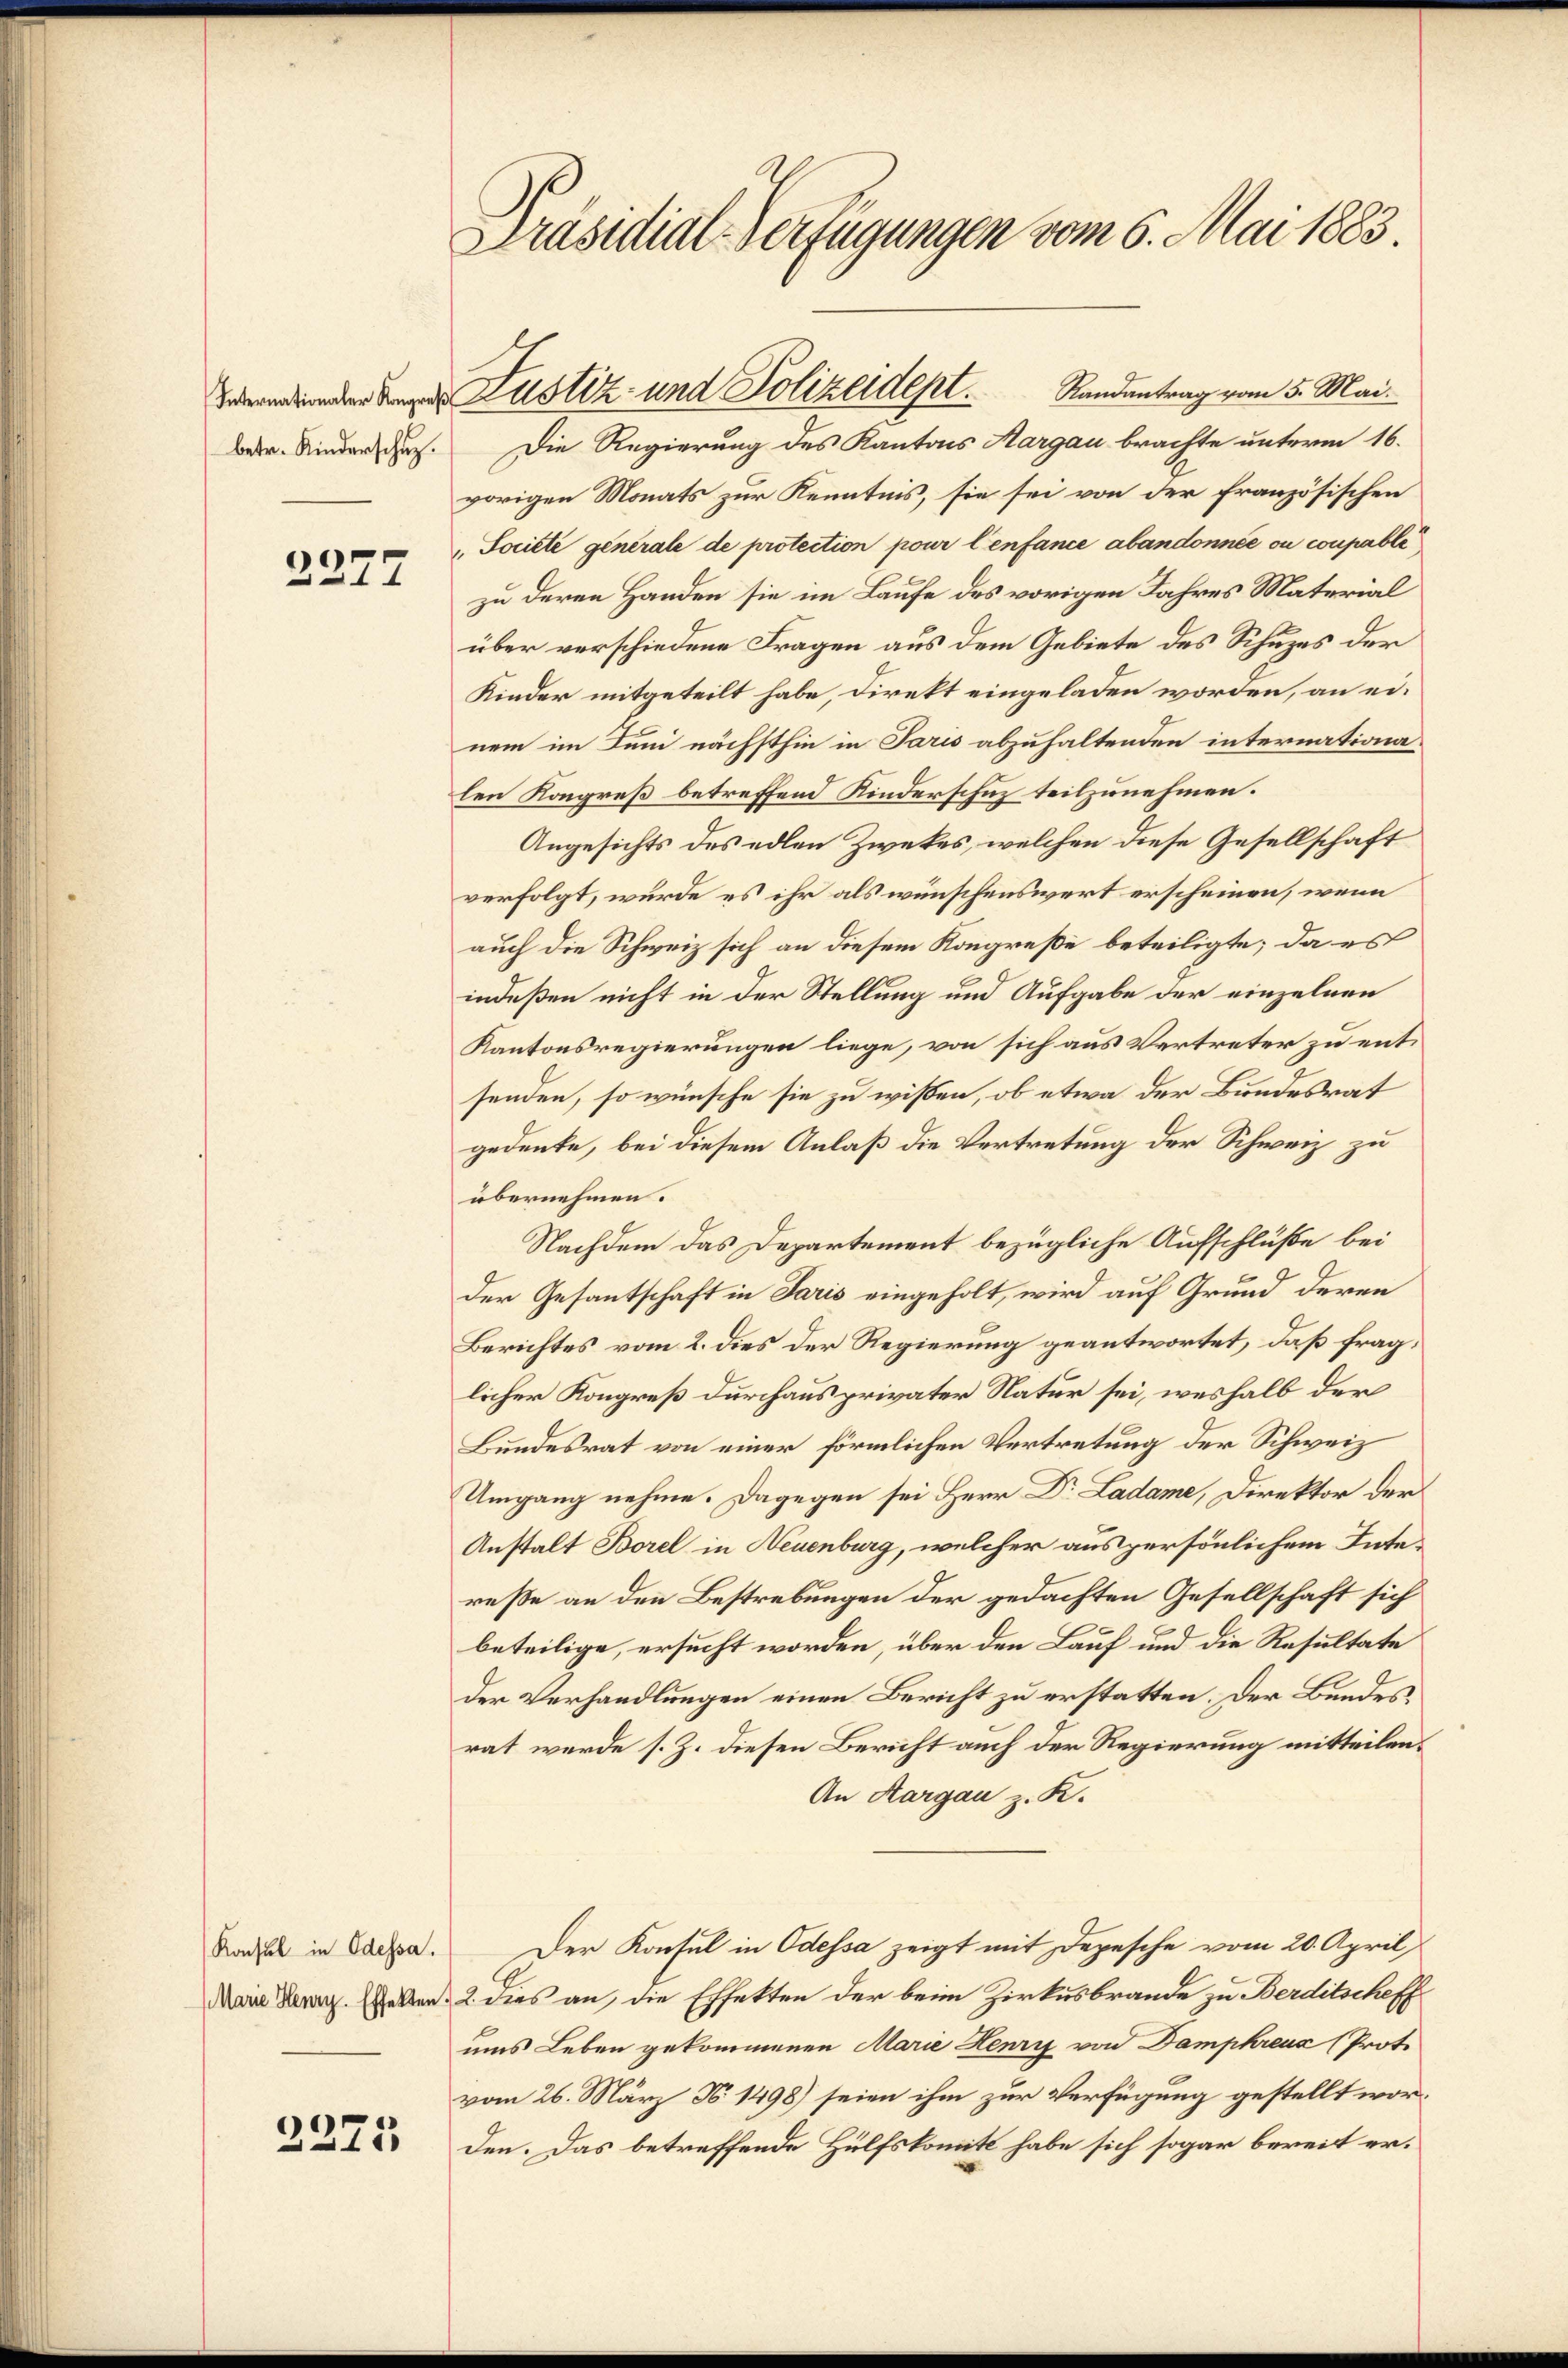
betr. Kinderschuz.

2377

Randantrag vom 5. Mai.
Die Regierung des Kantons Aargau brachte unterm 16.
vorigen Monats zur Kenntnis, sie sei von der französischen
Societe generale de protection pour l’enfance abandonnée ou coupable
zu deren Handen sie im Laufe des vorigen Jahres Material
über verschiedene Fragen aus dem Gebiete des Schuzes der
Kinder mitgeteilt habe, direkt eingeladen worden, an einem im Juni nächsthin in Paris abzuhaltenden internationlen Kongreß betreffend Kinderschuz teilzunehmen.
Angesichts des edlen Zweckes, welchen diese Gesellschaft
verfolgt, würde es ihr als wünschenswert erscheinen, wenn
auch die Schweiz sich an diesem Kongreße beteiligte; da es
indeßen nicht in der Stellung und Aufgabe der einzelnen
Kantonsregierungen liege, von sich aus Vertreter zu entsenden, so wünsche sie zu wißen, ob etwa der Bundesrat
gedeute, bei diesem Anlaß die Vertretung der Schweiz zu
übernehmen.
Nachdem das Departement bezügliche Aufschlüße bei
Der Gesantschaft in Paris eingeholt, wird auf Grund deren
Berichtes vom 2. dies der Regierung geantwortet, daß fraglicher Kongreß durchaus privater Natur sei, weshalb der
Bundesrat von einer förmlichen Vertretung der Schweiz
Umgang nehme. Dagegen sei Herr Dr. Ladame, Direktor der
Anstalt Borel in Neuenburg, welcher aus persönlichem Intereße an den Bestrebungen der gedachten Gesellschaft sich
beteilige, ersucht worden, über den Lauf und die Resultate
der Verhandlungen einen Bericht zu erstatten. Der Bundesrat wurde s. Z. diesen Bericht auch der Regierung mitteilen¬
An Aargau z. K.
Der Konsul in Odessa zeigt mit Depesche vom 20. April,
Dein Bern. Leben. 2. dies an, die Effekten der beim Zirkusbrande zu Berditscheff
ums Leben gekommenen Marie Henry von Dampkreuz (Prote
vom 26. März No. 1498) seien ihm zur Verfügung gestellt worden. Das betreffende Hülfskomitt habe sich sogar bereit er¬

Konsul in Odessa.

2275

Präsidial-Verfügungen vom 6. Mai 1883.

wendenden der Justiz- und Polizeidept.